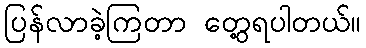
ပြန်လာခဲ့ကြတာ တွေ့ရပါတယ်။